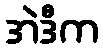
အဲဒီက